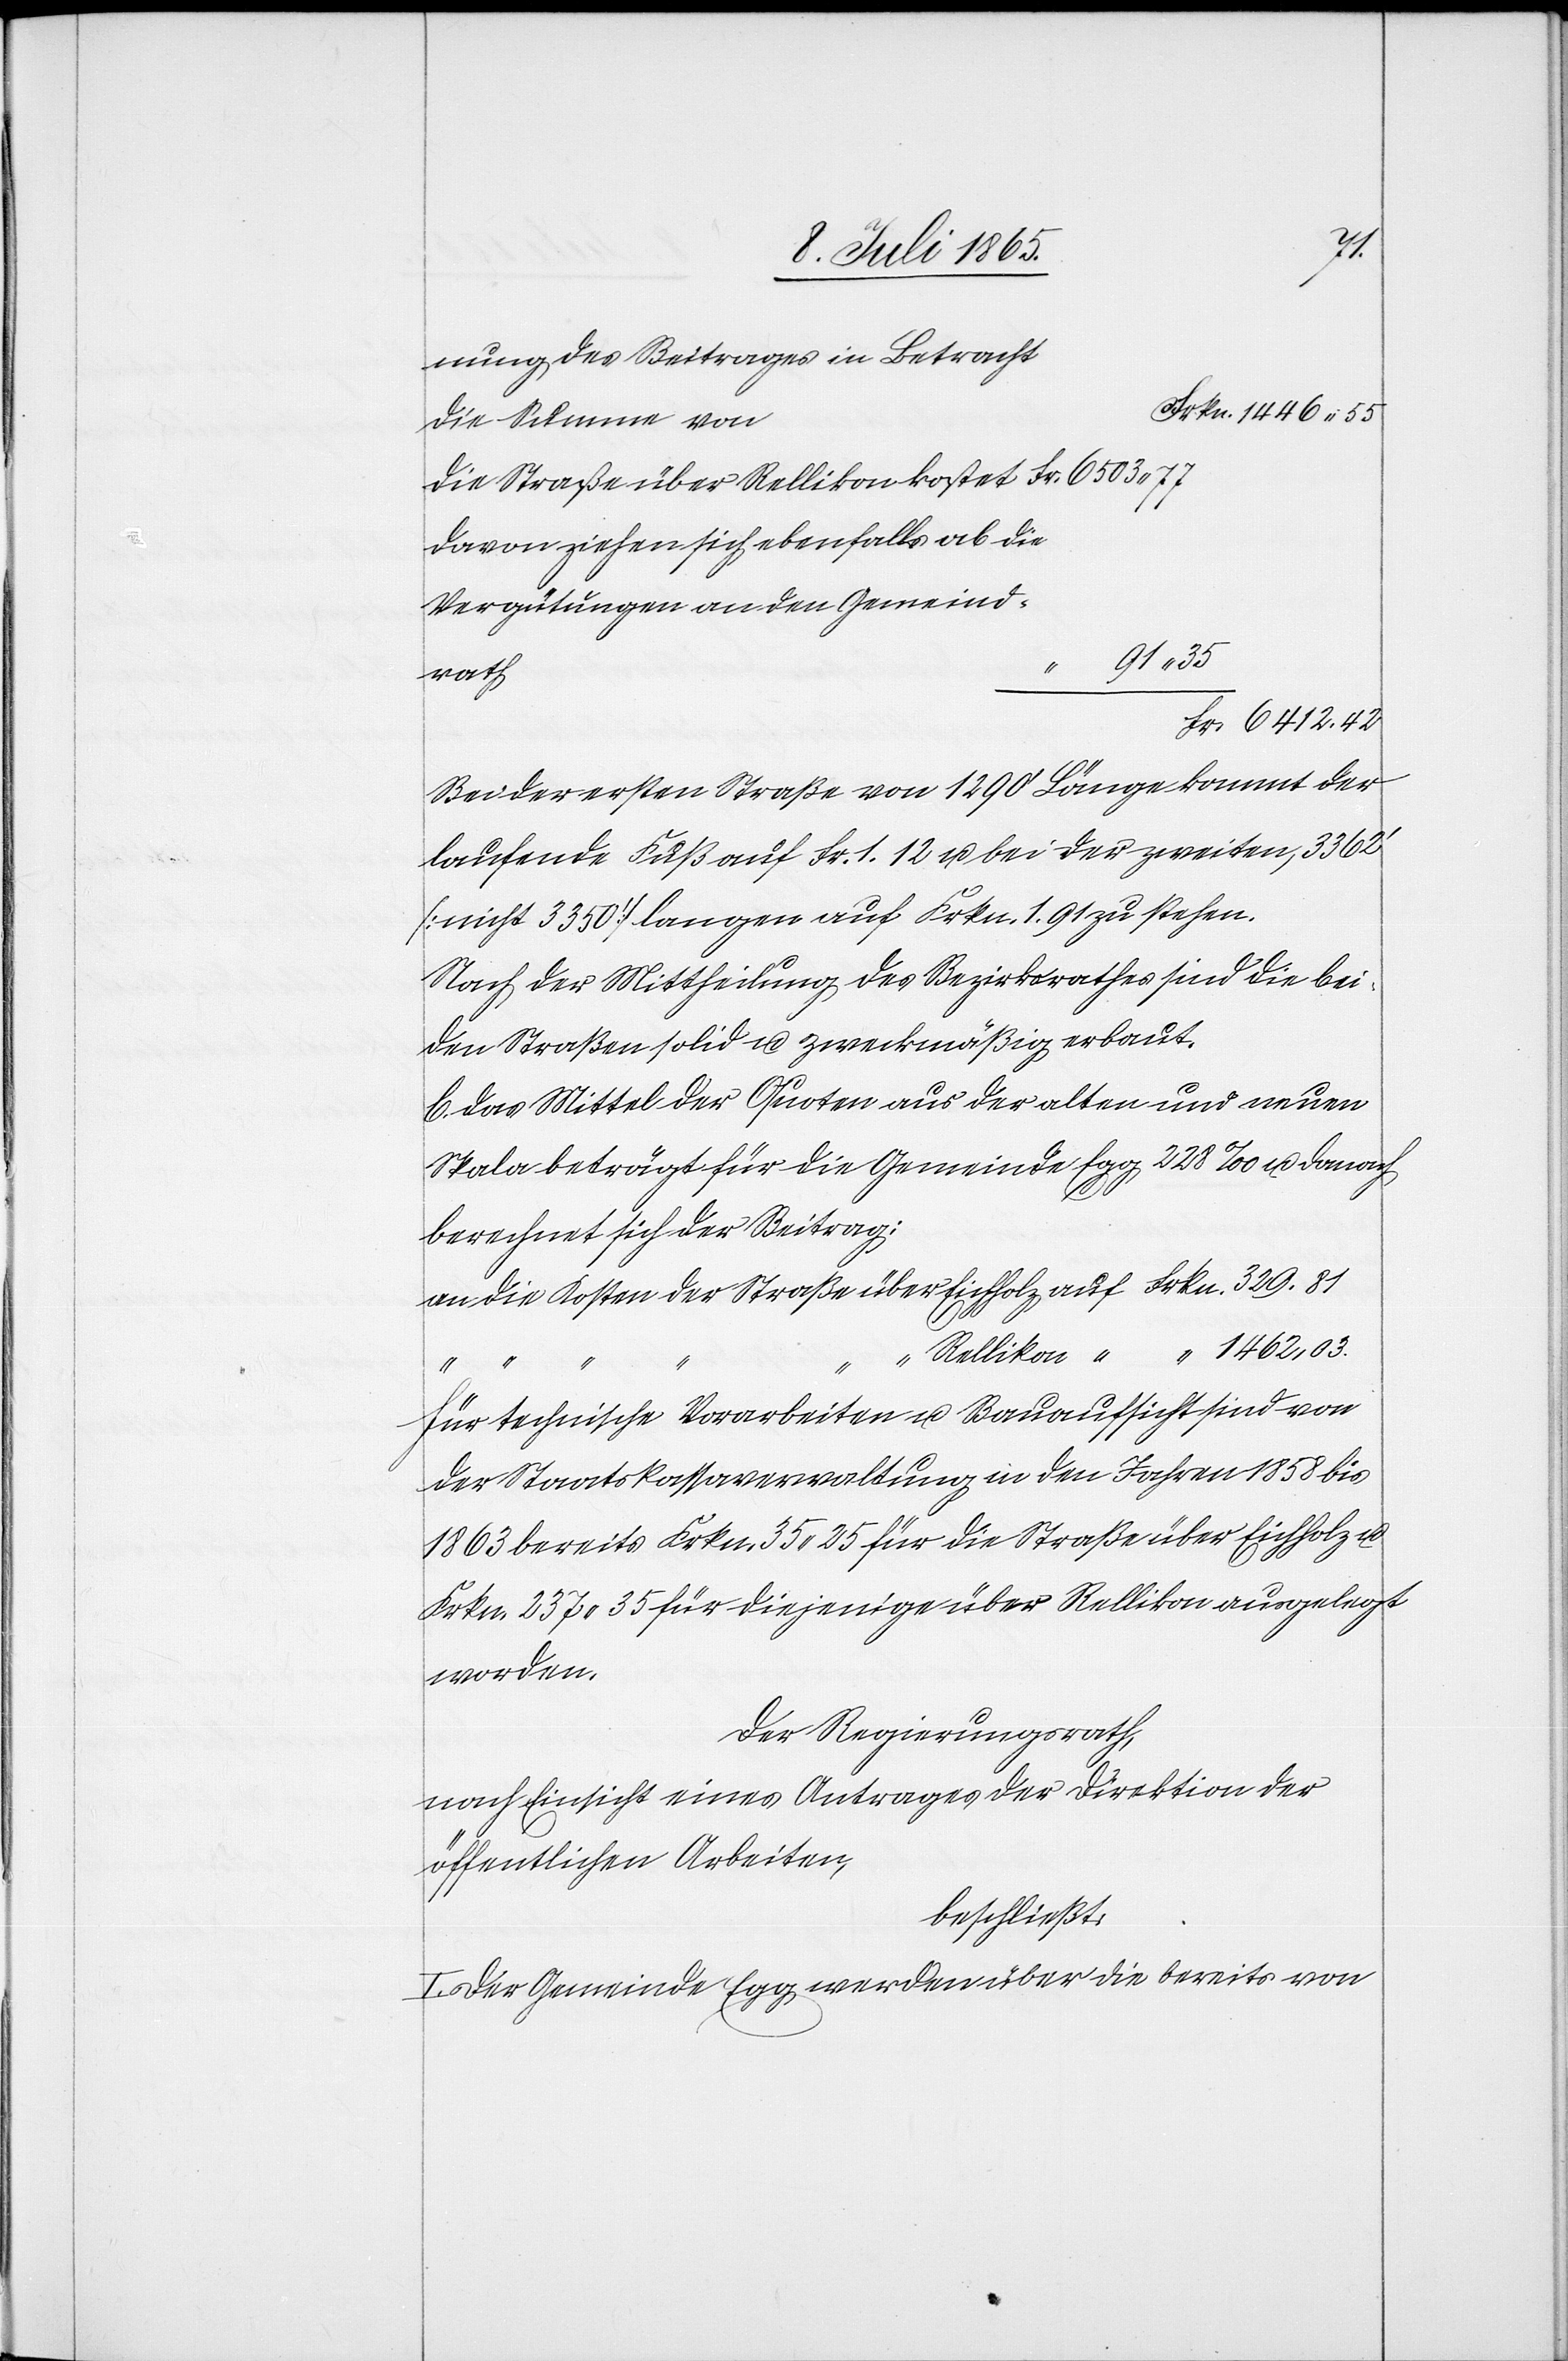
Die Straße über Rellikon kostet	Fr. 6503 77
Davon ziehen sich ebenfalls ab die
Vergütungen an den Gemeind¬
die
rath
Fr.	6412.	42
Bei der ersten Straße von 1290’ Länge kommt der
laufende Fuß auf Fr. 1.12 u. bei der zweiten, 3362’
[nicht 3350’] langen auf Frkn. 1.91 zu stehen.
Nach der Mittheilung des Bezirksrathes sind die bei¬
den Straßen solid u. zweckmäßig erbaut.
C. Das Mittel der Quoten aus der alten und neuen
Skala beträgt für die Gemeinde Egg 228 ‰ u. danach
berechnet sich der Beitrag:
an die Kosten der Straße über Eichholz auf Frkn. 329.81
“ 1462.03.
“ Rellikon “
I.
Für technische Vorarbeiten u. Bauaufsicht sind von
der Staatskassaverwaltung in den Jahren 1858 bis
1863 bereits Frkn. 35.25 für die Straße über Eichholz u.
Frkn. 237.35 für diejenige über Rellikon ausgelegt
worden.
Der Regierungsrath,
nach Einsicht eines Antrages der Direktion der
öffentlichen Arbeiten,
beschließt:
Der Gemeinde Egg werden über die bereits von